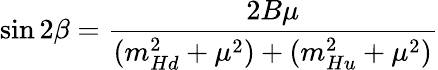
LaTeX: \sin{2\beta}=\frac{2B\mu}{(m_{Hd}^{2}+\mu^{2})+(m_{Hu}^{2}+\mu^{2})}